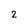
Character: 2